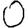
Digit: 0